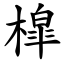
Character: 槹